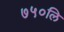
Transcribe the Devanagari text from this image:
७५०लि